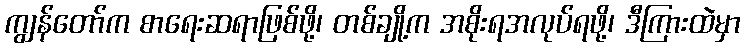
ကျွန်တော်က စာရေးဆရာဖြစ်ဖို့၊ တစ်ချို့က အစိုးရအလုပ်ရဖို့၊ ဒီကြားထဲမှာ